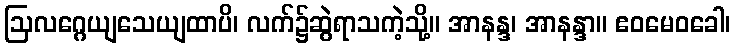
ဩလဂ္ဂေယျသေယျထာပိ၊ လက်၌ဆွဲရာသကဲ့သို့။ အာနန္ဒ၊ အာနန္ဒာ။ ဧဝမေဝခေါ၊